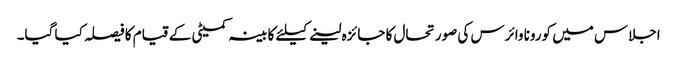
اجلاس میں کورونا وائرس کی صورتحال کا جائزہ لینے کیلئے کابینہ کمیٹی کے قیام کا فیصلہ کیا گیا۔